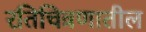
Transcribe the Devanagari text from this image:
रतिचित्रणातील